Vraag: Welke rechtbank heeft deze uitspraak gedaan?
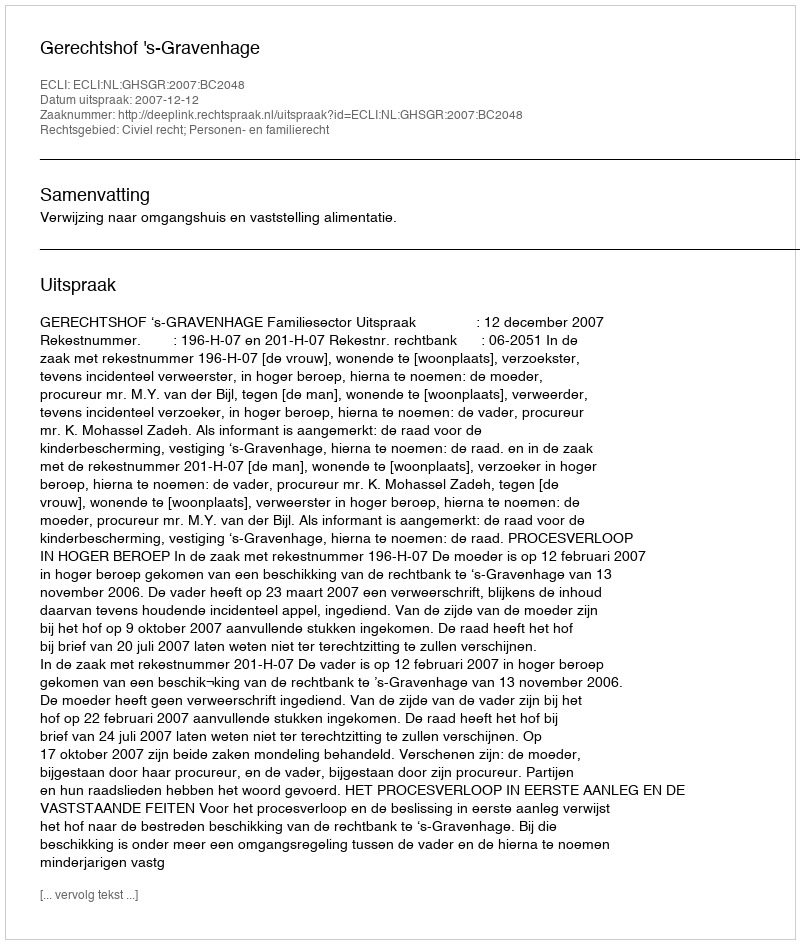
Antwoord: Gerechtshof 's-Gravenhage